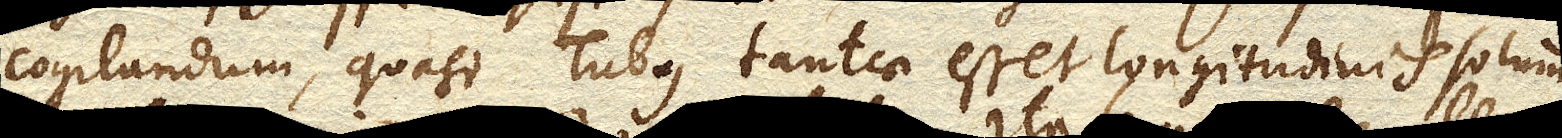
cogitandum, quasi Tubus tantae esset longitudinis solum